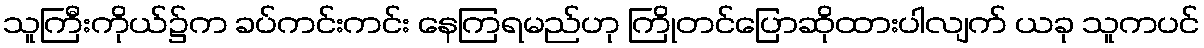
သူကြီးကိုယ်၌က ခပ်ကင်းကင်း နေကြရမည်ဟု ကြိုတင်ပြောဆိုထားပါလျက် ယခု သူကပင်